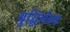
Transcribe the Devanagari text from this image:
बुद्धिर्यस्य